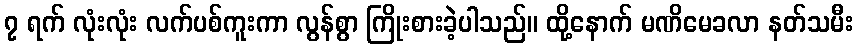
၇ ရက် လုံးလုံး လက်ပစ်ကူးကာ လွန်စွာ ကြိုးစားခဲ့ပါသည်။ ထို့နောက် မဏိမေခလာ နတ်သမီး